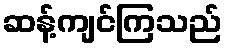
ဆန့်ကျင်ကြသည်